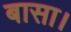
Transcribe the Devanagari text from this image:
बासा।